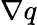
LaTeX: \nabla q